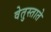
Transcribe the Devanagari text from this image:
वेतुस्ताते